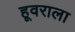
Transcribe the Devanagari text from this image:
हूवराला